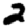
Digit: 2